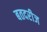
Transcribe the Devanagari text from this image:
बतदरीज